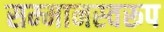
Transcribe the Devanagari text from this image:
सम्‍मानस्‍वरूप